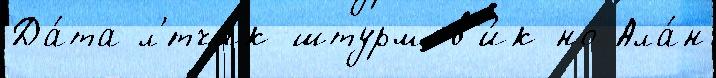
Да́та л'́тчик-штурмов'и́к но Ала́н